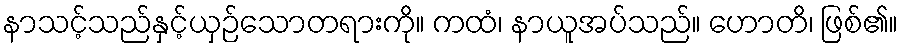
နာသင့်သည်နှင့်ယှဉ်သောတရားကို။ ကထံ၊ နာယူအပ်သည်။ ဟောတိ၊ ဖြစ်၏။